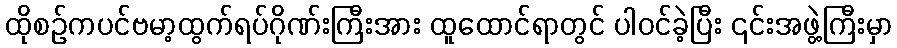
ထိုစဉ်ကပင်ဗမာ့ထွက်ရပ်ဂိုဏ်းကြီးအား ထူထောင်ရာတွင် ပါဝင်ခဲ့ပြီး ၎င်းအဖွဲ့ကြီးမှာ